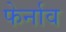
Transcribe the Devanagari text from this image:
फेर्नाव